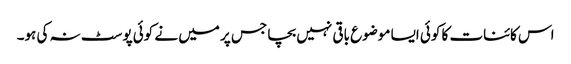
اس کائنات کا کوئی ایسا موضوع باقی نہیں بچا جس پر میں نے کوئی پوسٹ نہ کی ہو۔